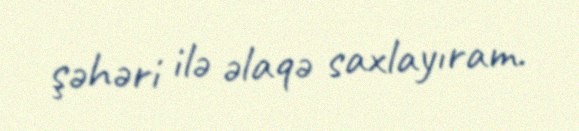
şəhəri ilə əlaqə saxlayıram.